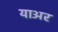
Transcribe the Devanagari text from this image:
याअर